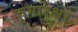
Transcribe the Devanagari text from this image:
कुमारेश्वर